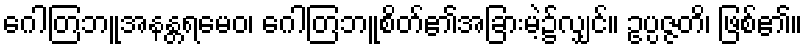
ဂေါတြဘူအနန္တရမေဝ၊ ဂေါတြဘူစိတ်၏အခြားမဲ့၌လျှင်။ ဥပ္ပဇ္ဇတိ၊ ဖြစ်၏။